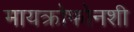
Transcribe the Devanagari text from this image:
मायक्रोफोनशी